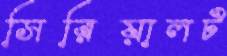
সিরিয়ালট